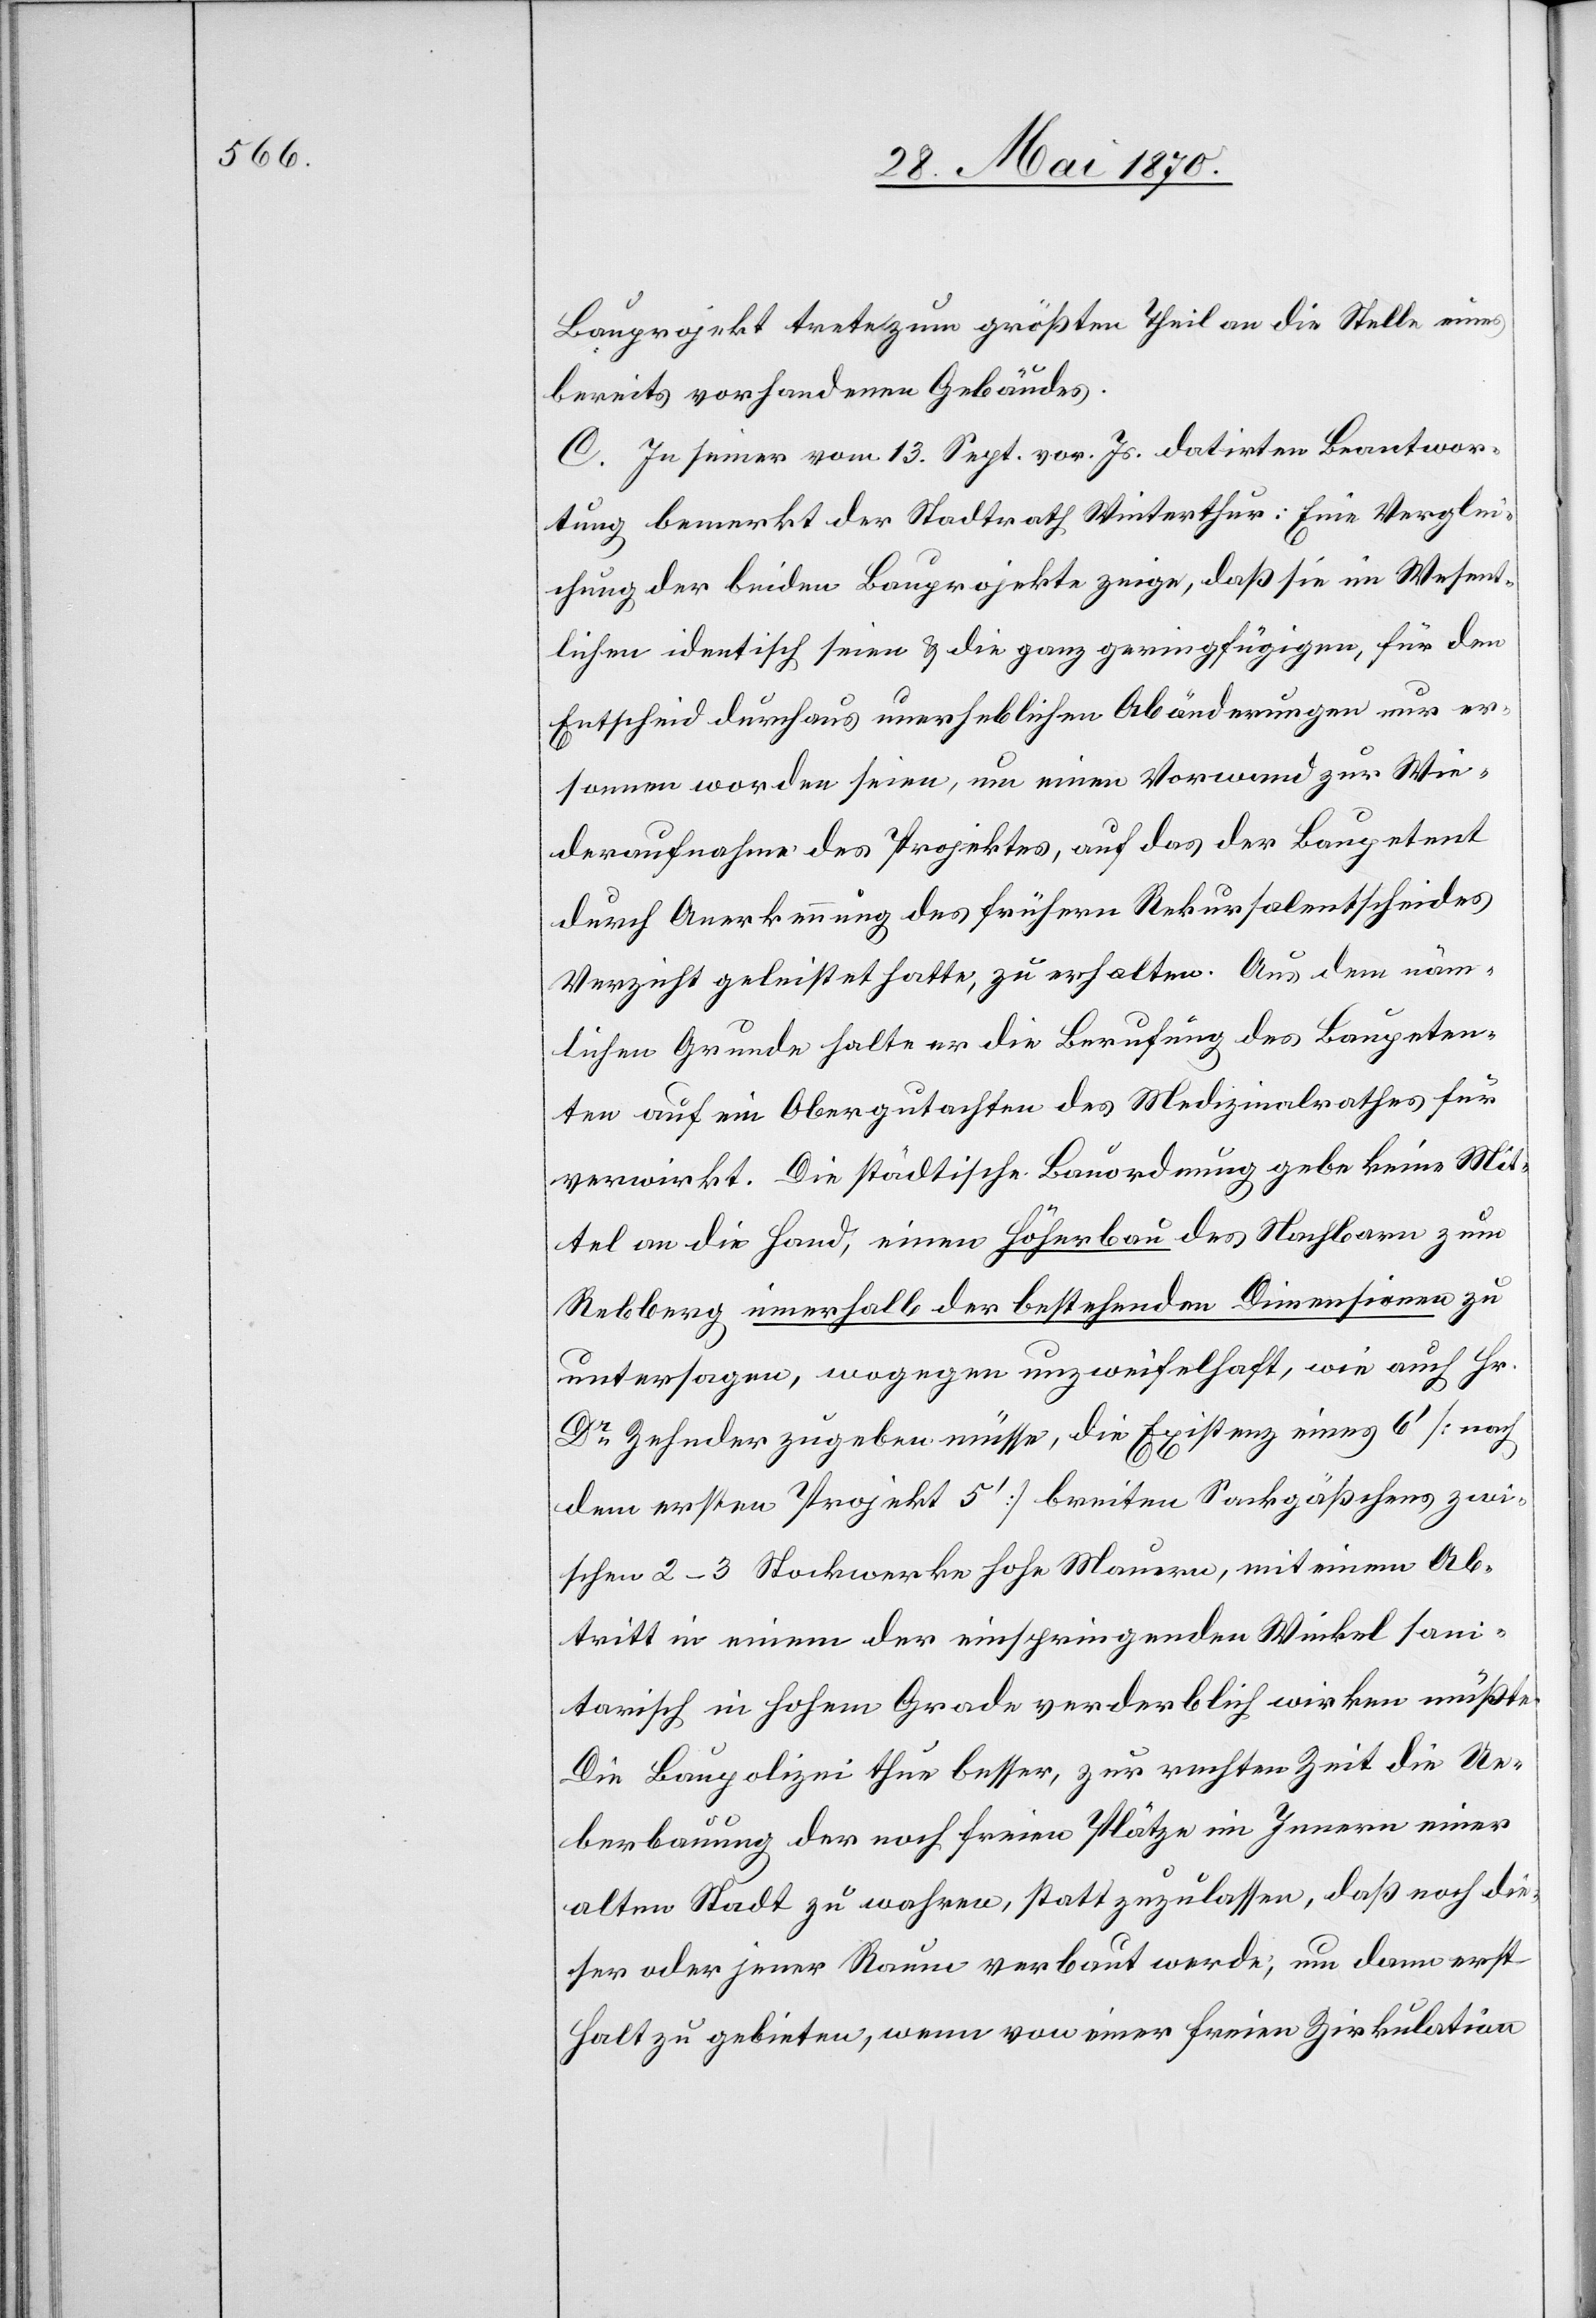
Bauprojekt trete zum größten Theil an die Stelle eines
bereits vorhandenen Gebäudes.
C. In seiner vom 13. Sept. vor. Js. datirten Beantwor¬
tung bemerkt der Stadtrath Winterthur: Eine Verglei¬
chung der beiden Bauprojekte zeige, daß sie im Wesent¬
lichen identisch seien & die ganz geringfügigen, für den
Entscheid durchaus unerheblichen Abänderungen nur er¬
sonnen worden seien, um einen Vorwand zur Wie¬
deraufnahme des Projektes, auf das der Baupetent
durch Anerkennung des frühern Rekursalentscheides
Verzicht geleistet hatte, zu erhalten. Aus dem näm¬
lichen Grunde halte er die Berufung des Baupeten¬
ten auf ein Obergutachten des Medizinalrathes für
verwirkt. Die städtische Bauordnung gebe keine Mit¬
tel an die Hand, einen Höherbau des Nachbarn zum
Rebberg innerhalb der bestehenden Dimensionen zu
untersagen, wogegen unzweifelhaft, wie auch Hr.
Dr Zehnder zugeben müsse, die Existenz eines 6‘ [nach
dem ersten Projekt 5‘] breiten Sackgäßchens zwi¬
schen 2–3 Stockwerke hohe Mauern, mit einem Ab¬
tritt in einem der einspringenden Winkel sani¬
tarisch in hohem Grade verderblich wirken müßte.
Die Baupolizei thue besser, zur rechten Zeit die Ue¬
berbauung der noch freien Plätze im Innern einer
alten Stadt zu wahren, statt zuzulassen, daß noch die¬
ser oder jener Raum verbaut werde, um dann erst
Halt zu gebieten, wenn von einer freien Zirkulation